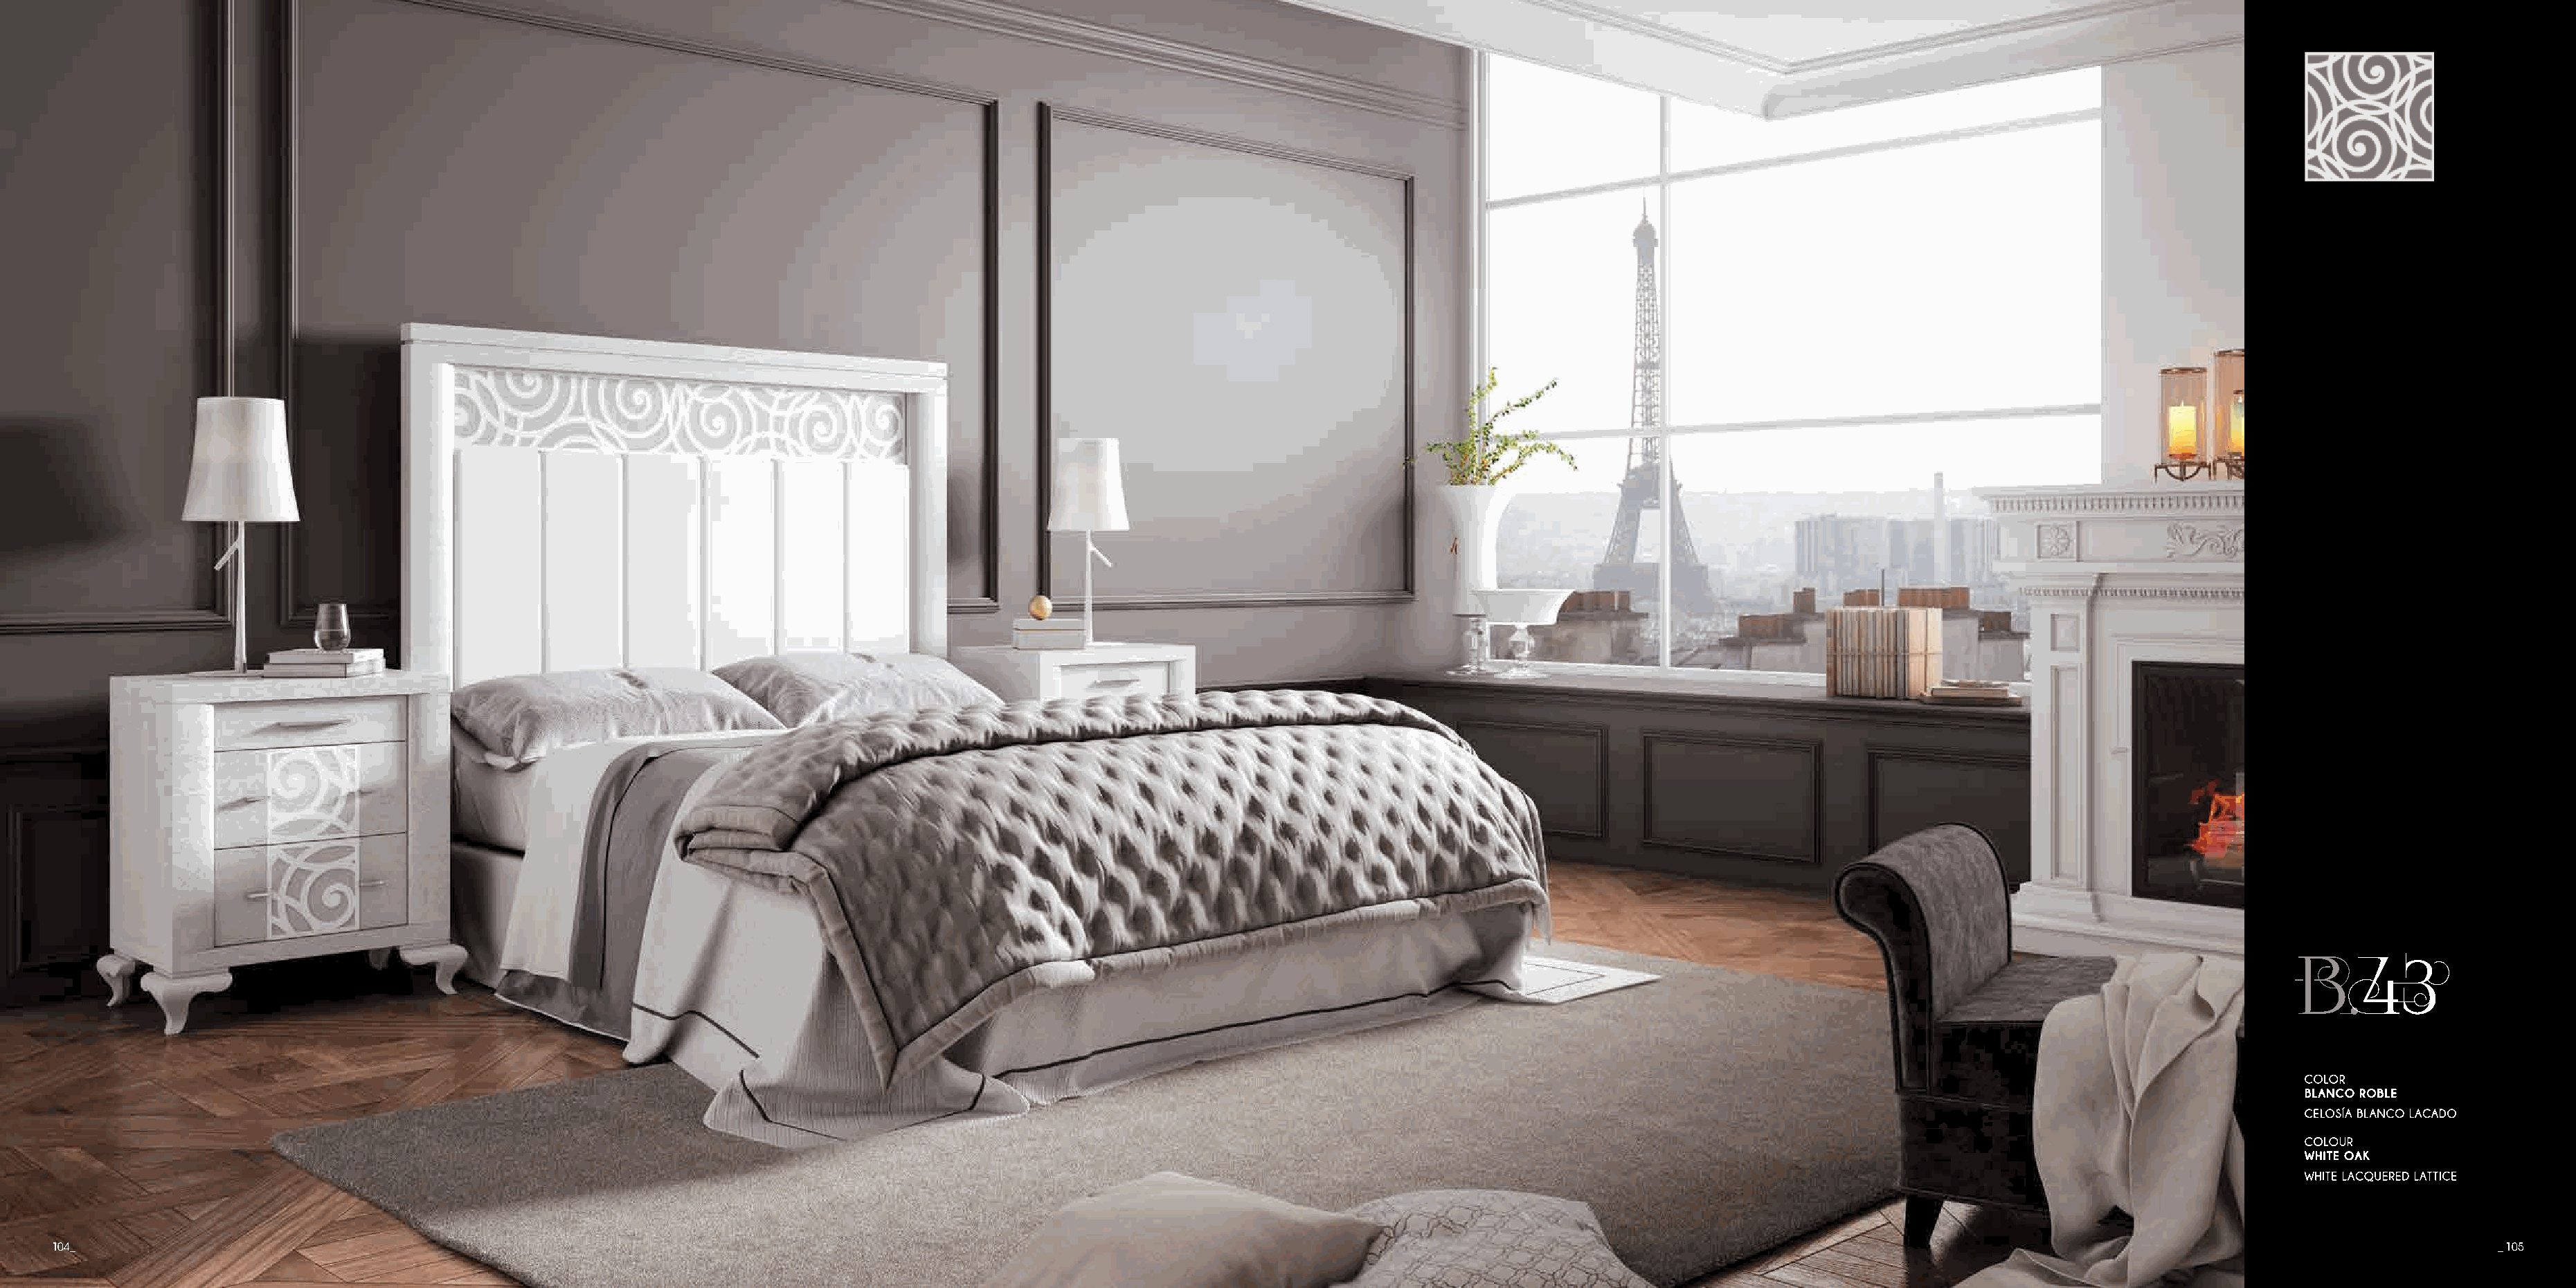
B.43
 104_                                                                                                                                                                                                                                      _ 105